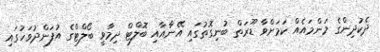
ދެކުދިންގެ މަންމައެއް ކަމަށްވާ ޑޫރަތް ބުނިގޮތުގައި އޭނާއާއި ބޮލްޓް ދިމާވީ ބޯލްޓްގެ އުފަންދުވަހުގައި